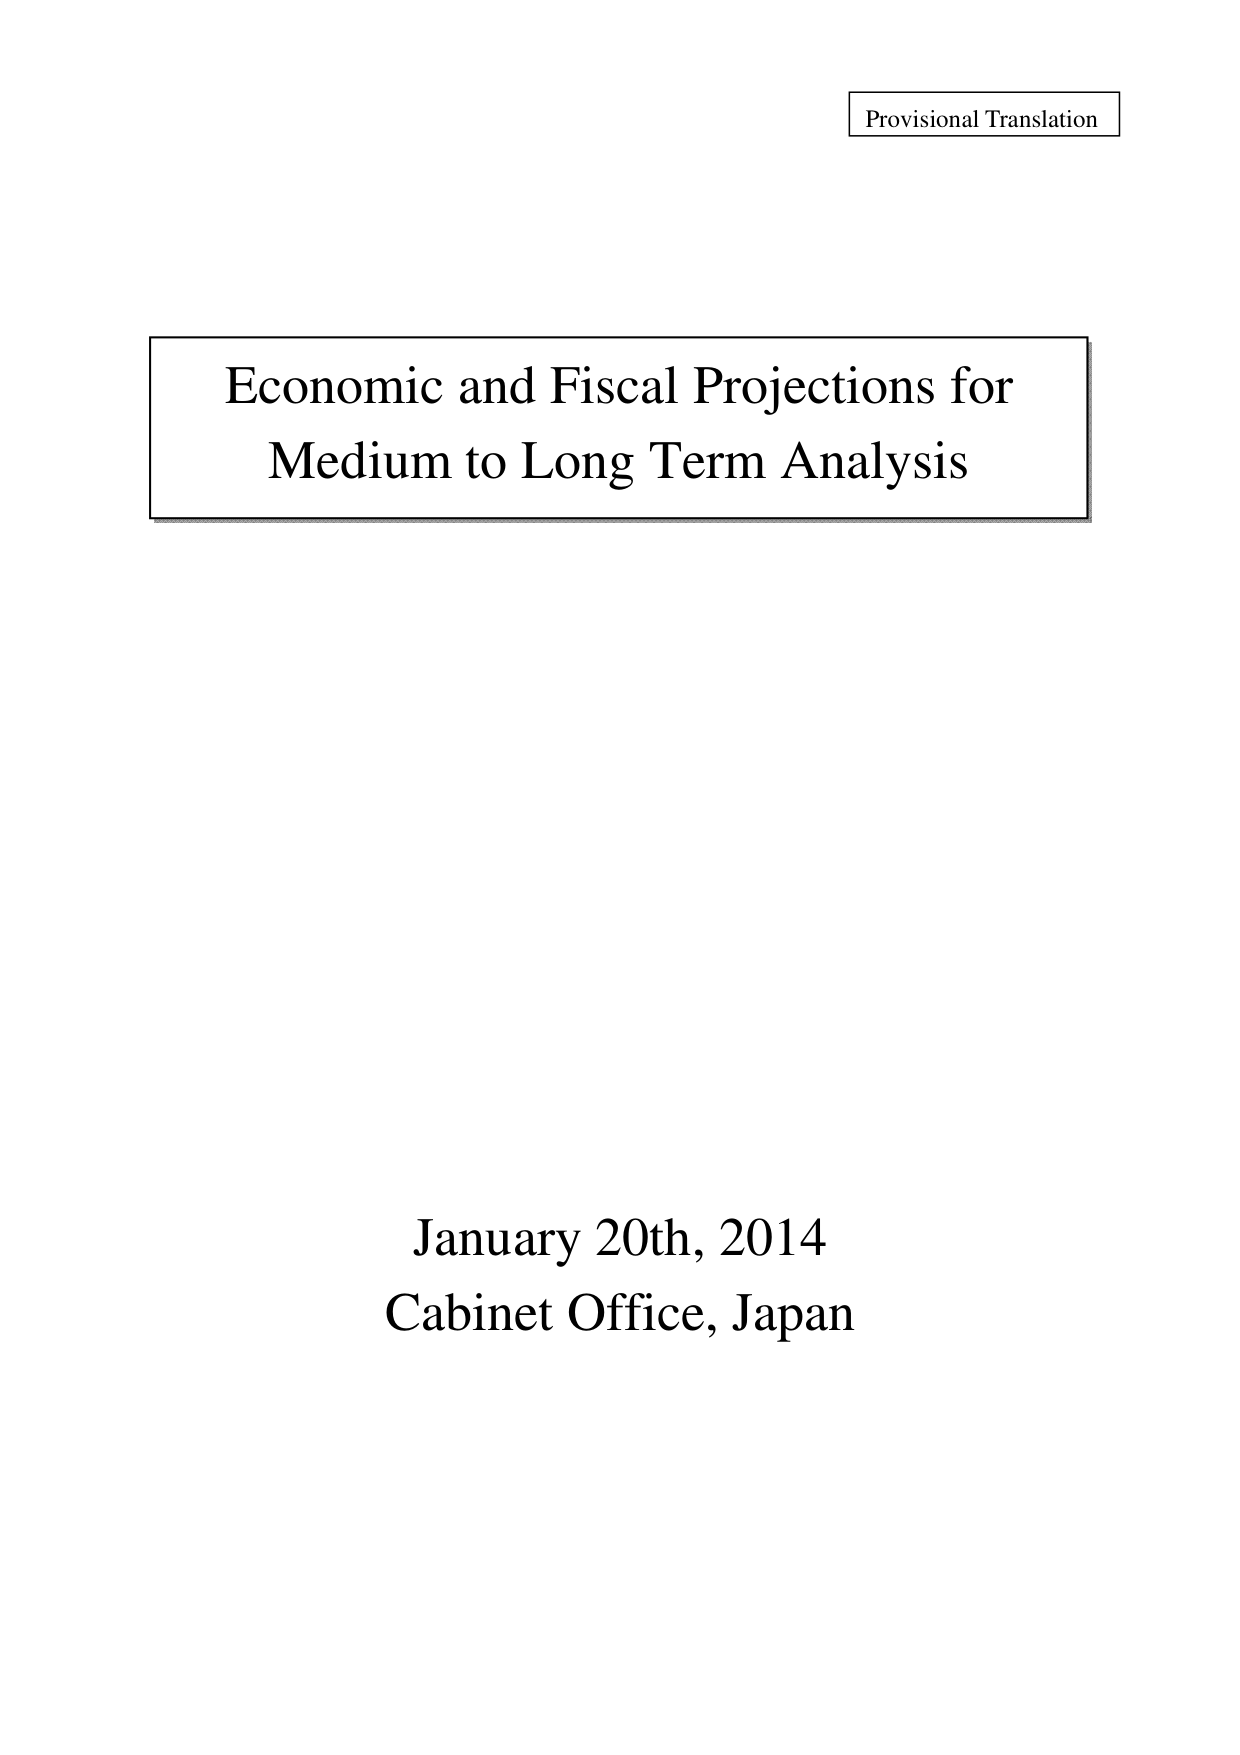
Provisional Translation

Economic and Fiscal Projections for
Medium to Long Term Analysis

January 20th, 2014
Cabinet Office, Japan